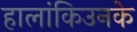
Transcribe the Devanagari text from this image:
हालांकिउनके